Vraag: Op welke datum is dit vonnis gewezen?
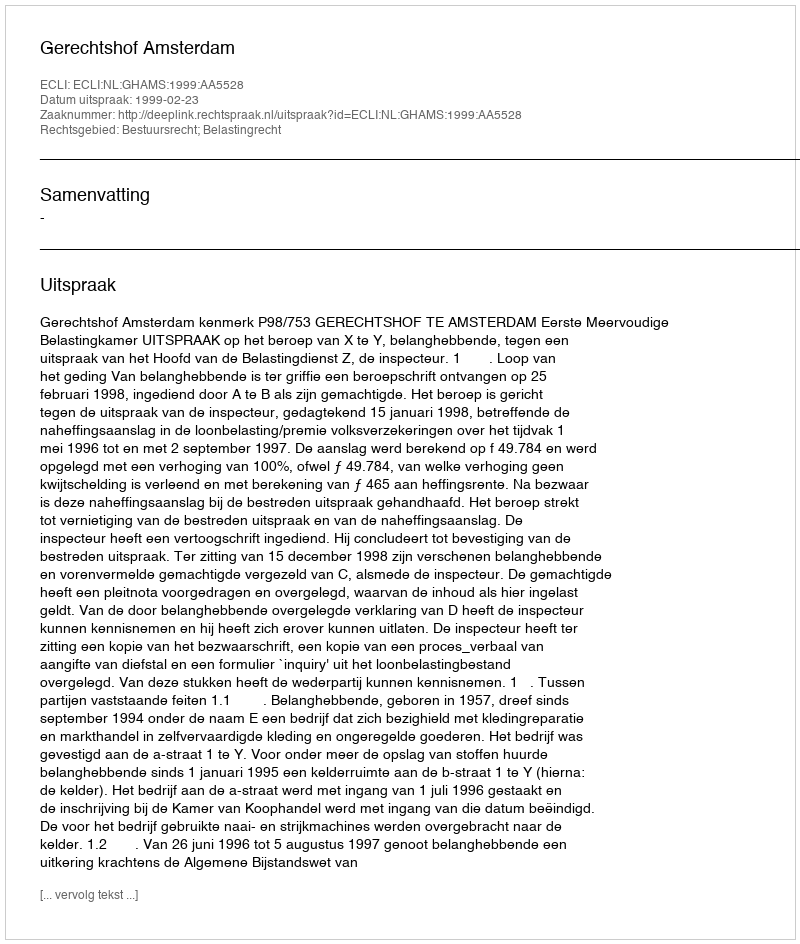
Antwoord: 1999-02-23